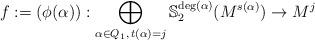
LaTeX: \begin{align*}f:=(\phi(\alpha)) : \bigoplus_{\alpha\in Q_{1},\,t(\alpha)=j}\mathbb{S}_{2}^{\deg(\alpha)}(M^{s(\alpha)}) \to M^{j}\end{align*}